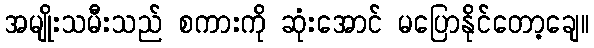
အမျိုးသမီးသည် စကားကို ဆုံးအောင် မပြောနိုင်တော့ချေ။